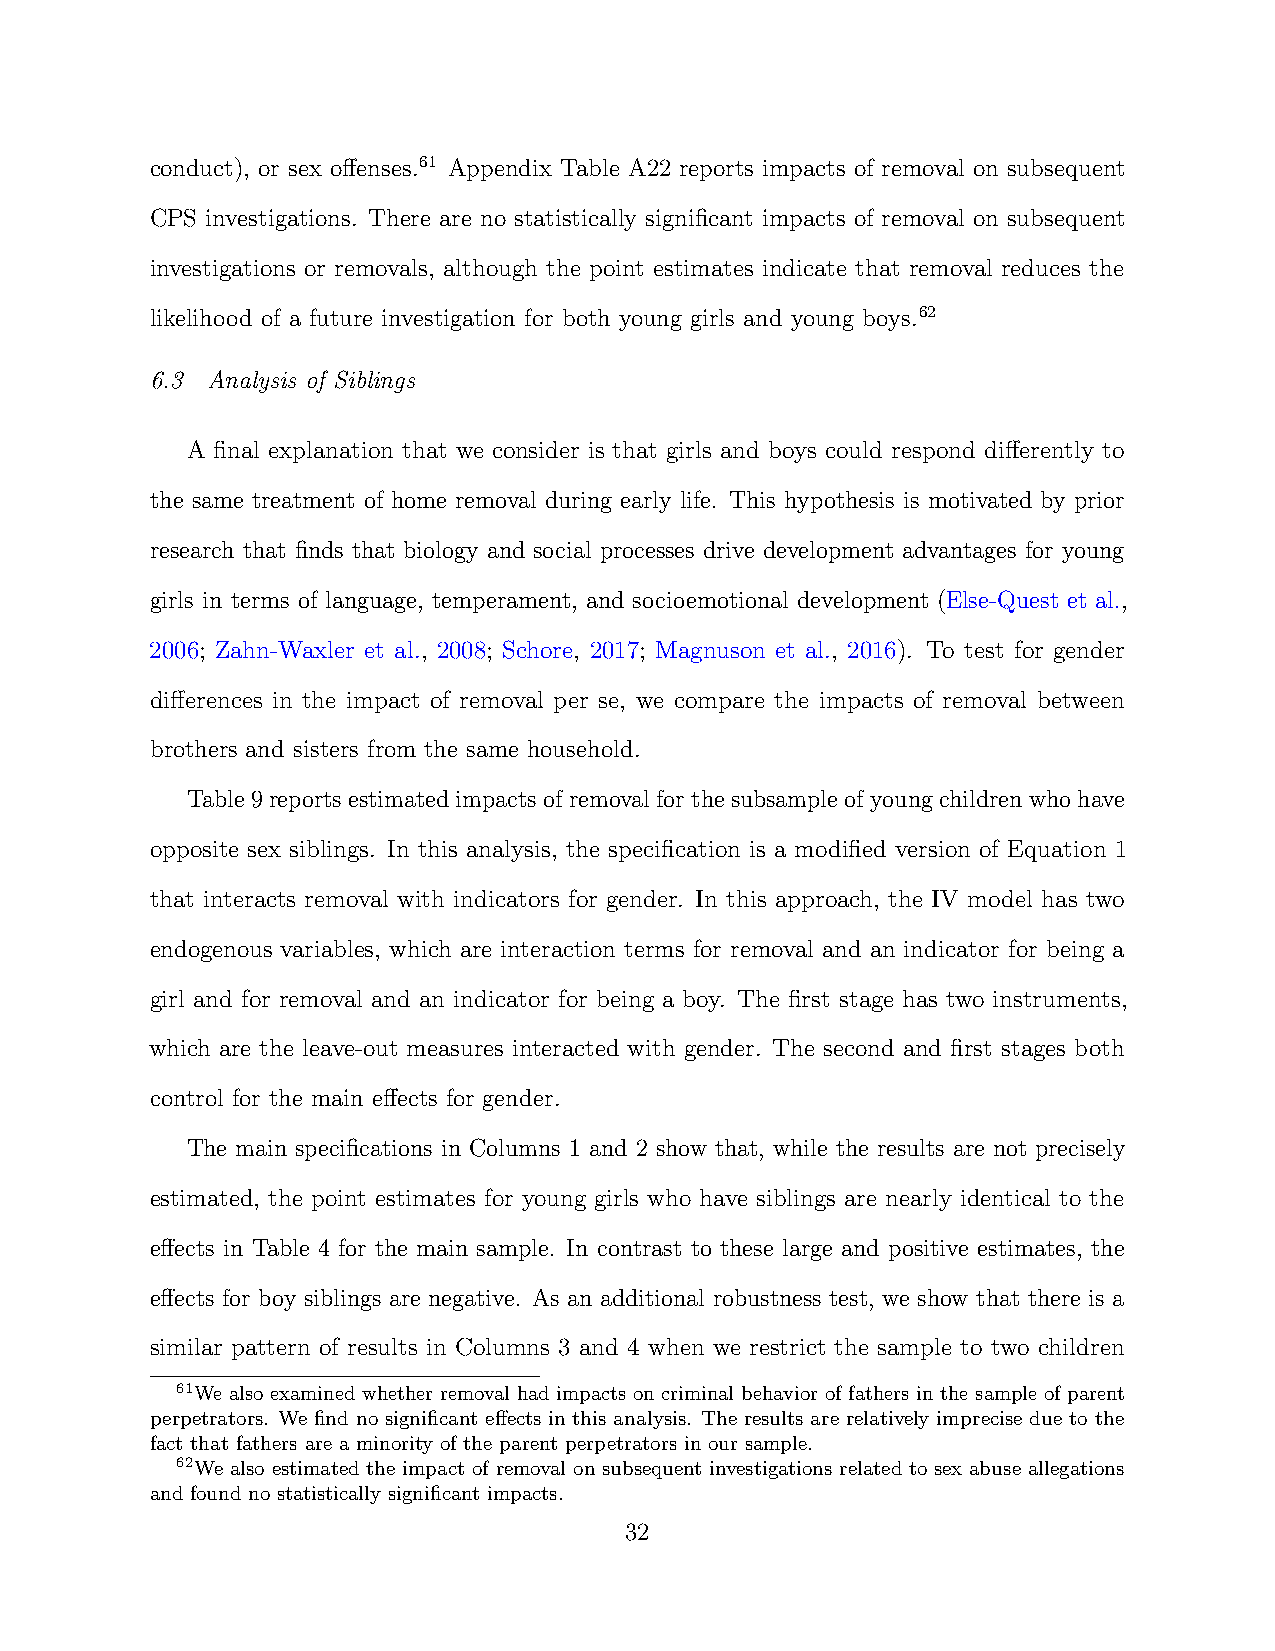
conduct), or sex offenses.61 Appendix Table A22 reports impacts of removal on subsequent
 CPS investigations. There are no statistically significant impacts of removal on subsequent
 investigations or removals, although the point estimates indicate that removal reduces the
 likelihood of a future investigation for both young girls and young boys.62
 6.3 Analysis of Siblings
 A final explanation that we consider is that girls and boys could respond differently to
 the same treatment of home removal during early life. This hypothesis is motivated by prior
 research that finds that biology and social processes drive development advantages for young
 girls in terms of language, temperament, and socioemotional development (Else-Quest et al.,
 2006; Zahn-Waxler et al., 2008; Schore, 2017; Magnuson et al., 2016). To test for gender
 differences in the impact of removal per se, we compare the impacts of removal between
 brothers and sisters from the same household.
 Table 9 reports estimated impacts of removal for the subsample of young children who have
 opposite sex siblings. In this analysis, the specification is a modified version of Equation 1
 that interacts removal with indicators for gender. In this approach, the IV model has two
 endogenous variables, which are interaction terms for removal and an indicator for being a
 girl and for removal and an indicator for being a boy. The first stage has two instruments,
 which are the leave-out measures interacted with gender. The second and first stages both
 control for the main effects for gender.
 The main specifications in Columns 1 and 2 show that, while the results are not precisely
 estimated, the point estimates for young girls who have siblings are nearly identical to the
 effects in Table 4 for the main sample. In contrast to these large and positive estimates, the
 effects for boy siblings are negative. As an additional robustness test, we show that there is a
 similar pattern of results in Columns 3 and 4 when we restrict the sample to two children
 61We also examined whether removal had impacts on criminal behavior of fathers in the sample of parent
 perpetrators. We find no significant effects in this analysis. The results are relatively imprecise due to the
 fact that fathers are a minority of the parent perpetrators in our sample.
 62We also estimated the impact of removal on subsequent investigations related to sex abuse allegations
 and found no statistically significant impacts.
 32